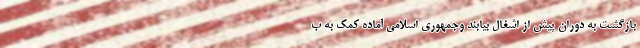
بازگشت به دوران پیش از اشغال بیابند وجمهوری اسلامی آماده کمک به ب